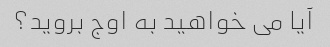
آیا می خواهید به اوج بروید؟